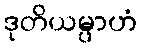
ဒုတိယမ္ပာဟံ